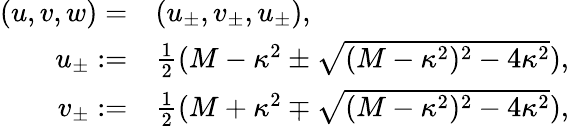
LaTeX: \begin{array}{rl}{(u,v,w)=}&{(u_{\pm},v_{\pm},u_{\pm}),}\\ {u_{\pm}:=}&{\frac 1{2}(M-\kappa^{2}\pm\sqrt{(M-\kappa^{2})^{2}-4\kappa^{2}}),}\\ {v_{\pm}:=}&{\frac 1{2}(M+\kappa^{2}\mp\sqrt{(M-\kappa^{2})^{2}-4\kappa^{2}}),}\end{array}